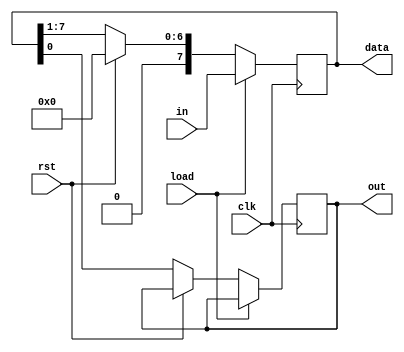
`timescale 1ns / 1ps
//////////////////////////////////////////////////////////////////////////////////
// Company: 
// Engineer: 
// 
// Design Name: 
// Module Name:    shiftreg 
// Project Name: 
// Target Devices: 
// Tool versions: 
// Description: 
//
// Dependencies: 
//
// Revision: 
// Revision 0.01 - File Created
// Additional Comments: 
//
//////////////////////////////////////////////////////////////////////////////////
module ShiftRegPISO(out, data, in, clk, load, rst);
	input clk, load, rst;
	input [7:0] in;
	output reg [7:0] data;
	output reg out;
	
	
	always @ (posedge clk) begin
		if(load) begin
			data <= in;
		end
		else if(rst) begin
			data <= 8'b0;
		end
		else begin
			out <= data[0];
			data <= {1'b0, data[7:1]};
		end
	end

endmodule